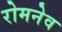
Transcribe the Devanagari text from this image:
रोमनेव